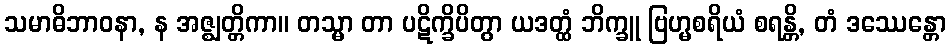
သမာဓိဘာဝနာ, န အဇ္ဈတ္တိကာ။ တသ္မာ တာ ပဋိက္ခိပိတွာ ယဒတ္ထံ ဘိက္ခူ ဗြဟ္မစရိယံ စရန္တိ, တံ ဒဿေန္တော